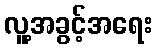
လူ့အခွင့်အရေး